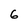
Character: 6